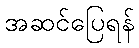
အဆင်ပြေရန်